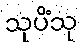
သုပိံသု